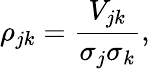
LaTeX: \rho_{jk}={\frac{V_{jk}}{\sigma_{j}\sigma_{k}}},